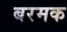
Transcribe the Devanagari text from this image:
बरमक